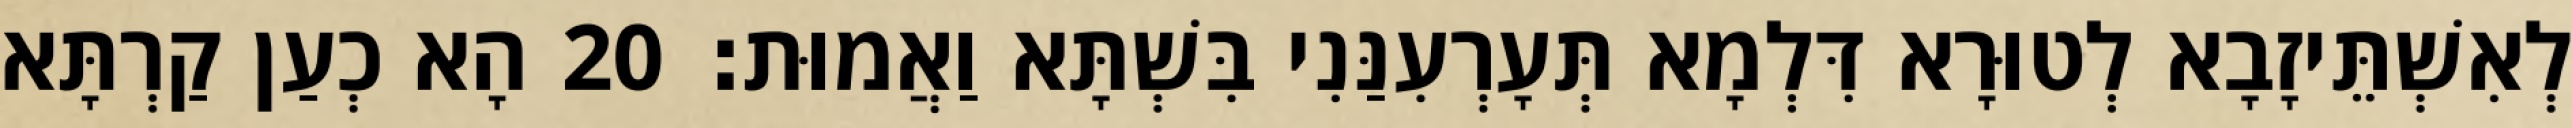
לְאִשְׁתֵּיזָבָא לְטוּרָא דִּלְמָא תְּעָרְעִנַּנִי בִּשְׁתָּא וַאֲמוּת׃ 20 הָא כְעַן קַרְתָּא